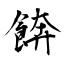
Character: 餴